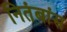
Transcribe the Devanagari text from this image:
नितंबांस